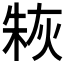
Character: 𤊣